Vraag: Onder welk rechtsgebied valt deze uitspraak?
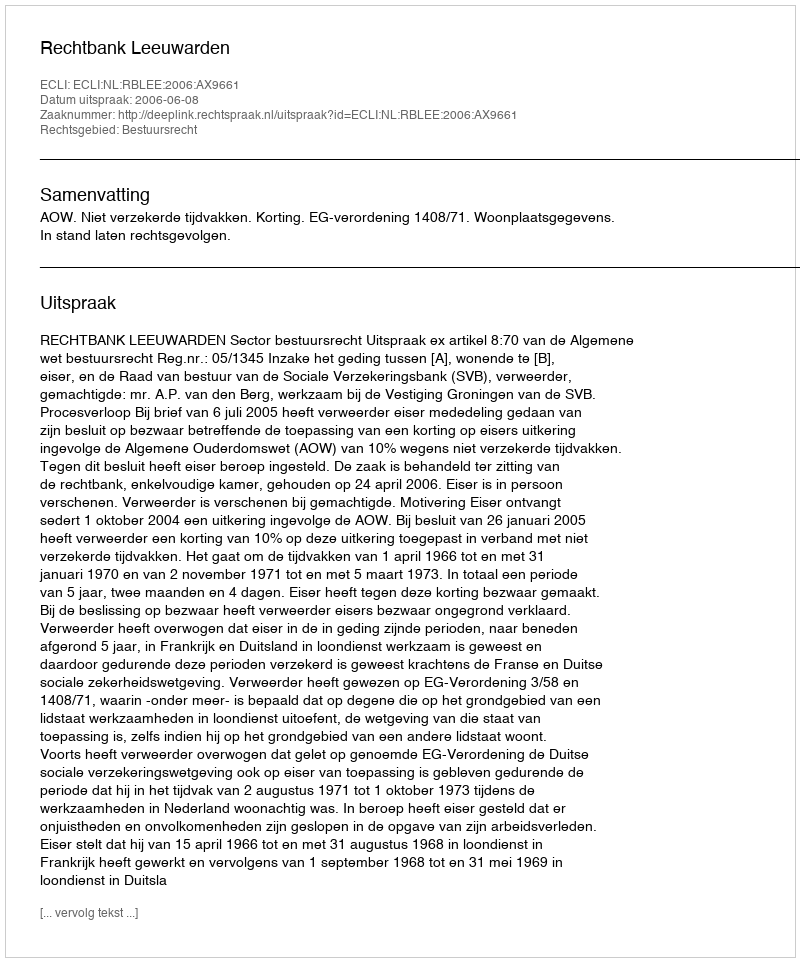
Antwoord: Bestuursrecht